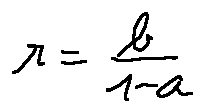
r = \frac { b } { 1 - a }